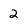
Character: 2